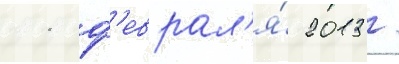
11 ф'еврал'я́ 2013 /